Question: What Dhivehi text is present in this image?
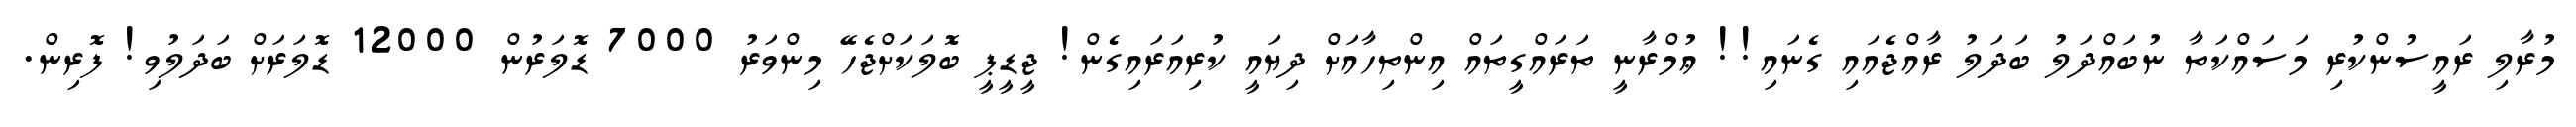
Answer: މުރާލި ރައީސުންކުރި މަސައްކަތާ ނުބައްދަލު ބަދަލު ރާއްޖެއައި ގެނައި!! ޢުމްރާނީ ތަރައްގީތައް އިންތިހާއަށް ދިޔައީ ކުރިއަރައިގެން! ޖީޑީޕީ ބޮލަކަށްޖެހޭ މިންވަރު 7000 ޑޮލަރުން 12000 ޑޮލަރަށް ބަދަލުވި! ފޮރިން.